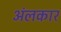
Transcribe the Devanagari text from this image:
अंलकार